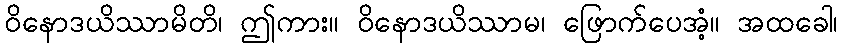
ဝိနောဒယိဿာမိတိ၊ ဤကား။ ဝိနောဒယိဿာမ၊ ဖြောက်ပေအံ့။ အထခေါ၊